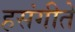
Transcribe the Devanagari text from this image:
हसंगीते